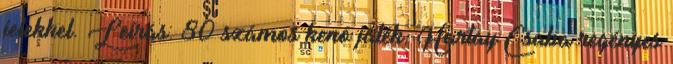
jelekkel. Leírás: 80 számos kenó játék. Hartay Csaba regényes